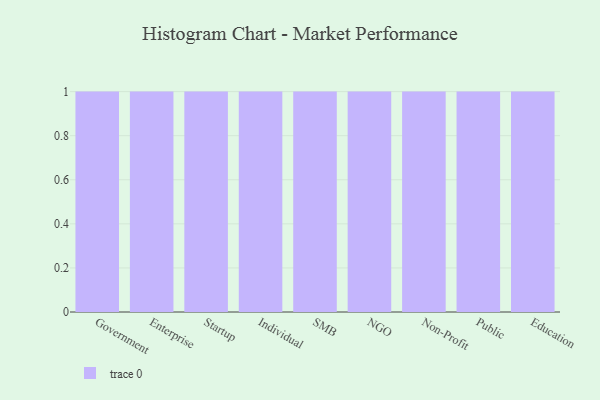
{"axis": {"x": "Segment", "y": "Energy Usage (MWh)"}, "legend": [""], "data": [{"x": "Government", "y": 44, "type": ""}, {"x": "Enterprise", "y": 97, "type": ""}, {"x": "Startup", "y": 85, "type": ""}, {"x": "Individual", "y": 39, "type": ""}, {"x": "SMB", "y": 83, "type": ""}, {"x": "NGO", "y": 81, "type": ""}, {"x": "Non-Profit", "y": 25, "type": ""}, {"x": "Public", "y": 10, "type": ""}, {"x": "Education", "y": 37, "type": ""}]}